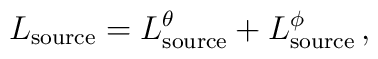
L_{{\rm source}} = L_{{\rm source}}^\theta + L_{{\rm source}}^\phi \,,